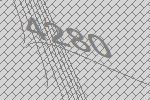
4280